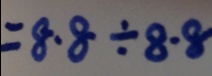
= 8 . 8 \div 8 . 8